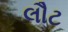
લૌટ